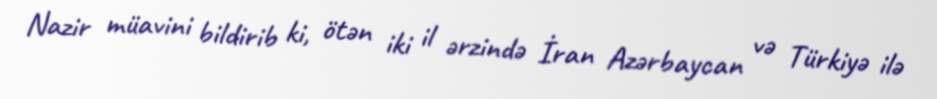
Nazir müavini bildirib ki, ötən iki il ərzində İran Azərbaycan və Türkiyə ilə